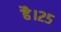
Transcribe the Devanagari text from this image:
है।२५